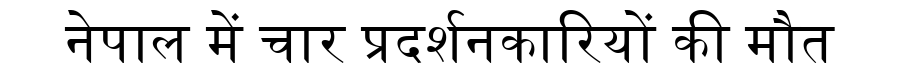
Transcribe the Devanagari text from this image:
नेपाल में चार प्रदर्शनकारियों की मौत